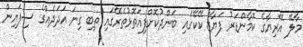
މާލޭ އޭރިޔާގެ ކޮމާންޑަރު ފަޔާޒް ކޭކޭގައި ބަންދުކޮށްފިއަތޮޅުތެރޭގައި ތިބި ގިނަ އަދަދެއްގެ ސިފައިން